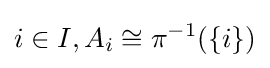
i\in I,A_{i}\cong \pi ^{-1}(\{i\})